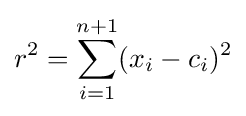
r^{2}=\sum _{i=1}^{n+1}(x_{i}-c_{i})^{2}